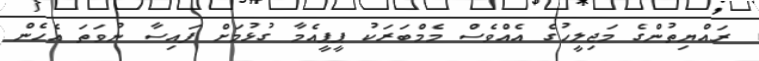
ރައްޔިތުންގެ މަޖިލީހުގެ އެއްވެސް މެމްބަރަކު ޕީޕީއެމާ ގުޅުމަށް ފައިސާ ނުވަތަ އެހެން